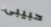
حبيبى